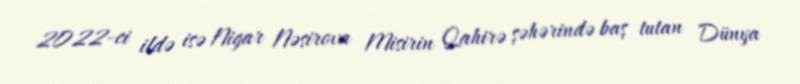
2022-ci ildə isə Nigar Nəsirova Misirin Qahirə şəhərində baş tutan Dünya